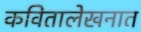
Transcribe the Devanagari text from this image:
कवितालेखनात